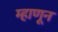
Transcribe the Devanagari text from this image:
म्हाणून